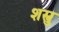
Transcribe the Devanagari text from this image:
शस्त्रु